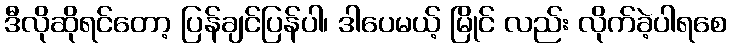
ဒီလိုဆိုရင်တော့ ပြန်ချင်ပြန်ပါ၊ ဒါပေမယ့် မြိုင် လည်း လိုက်ခဲ့ပါရစေ